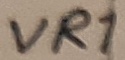
Text: VR1